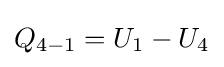
Q_{4-1}=U_{1}-U_{4}